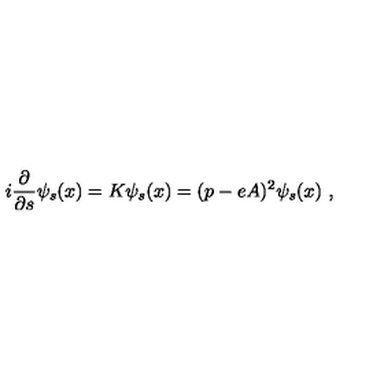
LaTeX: i \frac { \partial } { \partial s } \psi _ { s } ( x ) = K \psi _ { s } ( x ) = ( p - e A ) ^ { 2 } \psi _ { s } ( x ) \ ,